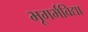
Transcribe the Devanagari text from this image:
भूगर्भविद्या